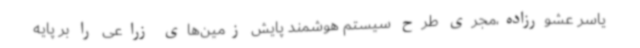
یاسر عشورزاده،مجری طرح سیستم هوشمند پایش زمین‌های زراعی را بر پایه